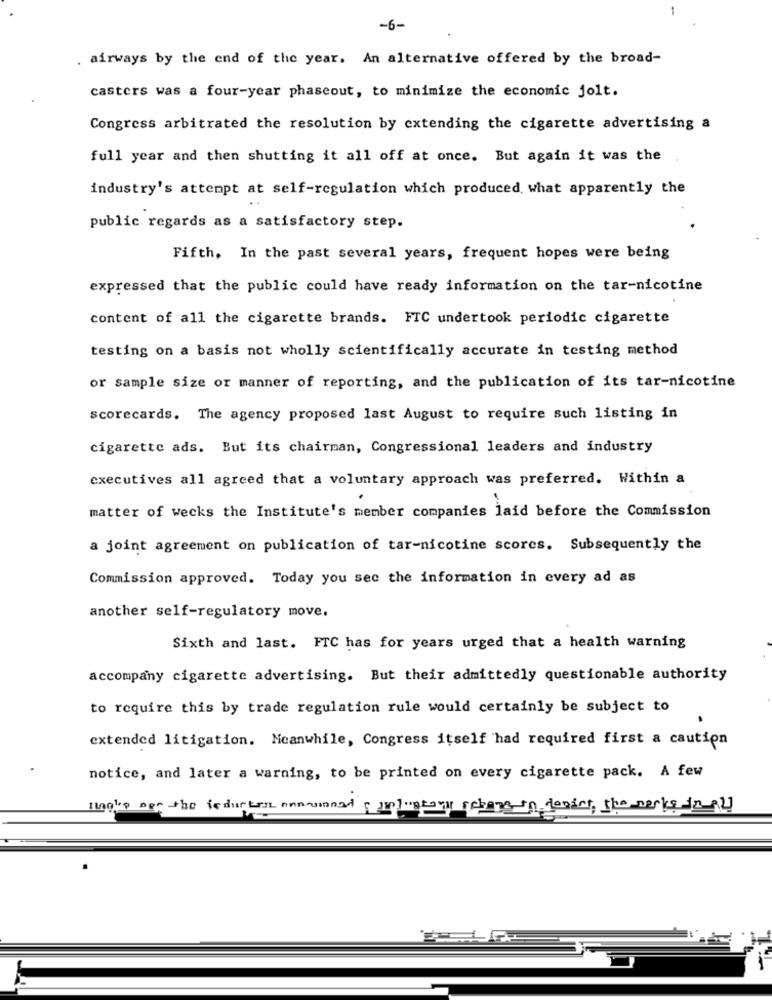
-
-6-
. airways by the end of the year. An alternative offered by the broad-
casters was a four-year phaseout, to minimize the economic jolt.
Congress arbitrated the resolution by extending the cigarette advertising a
full year and then shutting it all off at once. But again it was the
industry's attempt at self-regulation which produced, what apparently the
public regards as a satisfactory step.
Fifth, In the past several years, frequent hopes were being
expressed that the public could have ready information on the tar-nicotine
content of all the cigarette brands. FTC undertook periodic cigarette
testing on a basis not wholly scientifically accurate in testing method
or sample size or manner of reporting, and the publication of its tar-nicotine
scorecards. The agency proposed last August to require such listing in
cigarette ads. But its chairman, Congressional leaders and industry
executives all agreed that a voluntary approach was preferred. Within a
matter of wecks the Institute's member companies laid before the Commission
a joint agreement on publication of tar-nicotine scores. Subsequently the
Commission approved. Today you see the information in every ad as
another self-regulatory move.
Sixth and last. FTC has for years urged that a health warning
accompany cigarette advertising. But their admittedly questionable authority
to require this by trade regulation rule would certainly be subject to
extended litigation. Meanwhile, Congress itself had required first a caution
notice, and later a warning, to be printed on every cigarette pack. A few
Blog's per the fedurter announnad suplupravy rekans in demint, the marks in nl]